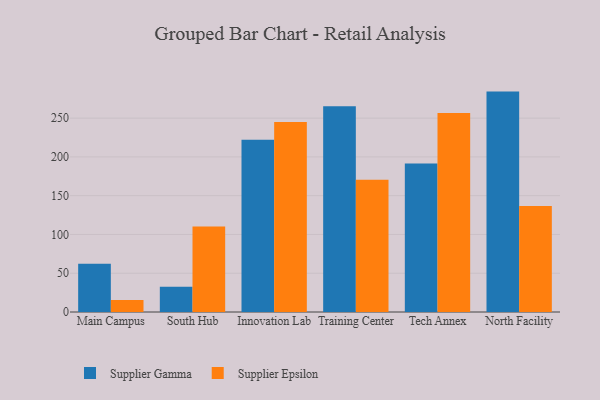
{"axis": {"x": "Campus", "y": "LTV (USD)"}, "legend": ["Supplier Epsilon", "Supplier Gamma"], "data": [{"x": "Main Campus", "y": 62.3, "type": "Supplier Gamma"}, {"x": "Main Campus", "y": 15.5, "type": "Supplier Epsilon"}, {"x": "South Hub", "y": 32.7, "type": "Supplier Gamma"}, {"x": "South Hub", "y": 110.2, "type": "Supplier Epsilon"}, {"x": "Innovation Lab", "y": 222.2, "type": "Supplier Gamma"}, {"x": "Innovation Lab", "y": 245.0, "type": "Supplier Epsilon"}, {"x": "Training Center", "y": 265.3, "type": "Supplier Gamma"}, {"x": "Training Center", "y": 170.4, "type": "Supplier Epsilon"}, {"x": "Tech Annex", "y": 191.6, "type": "Supplier Gamma"}, {"x": "Tech Annex", "y": 256.6, "type": "Supplier Epsilon"}, {"x": "North Facility", "y": 284.2, "type": "Supplier Gamma"}, {"x": "North Facility", "y": 136.8, "type": "Supplier Epsilon"}]}